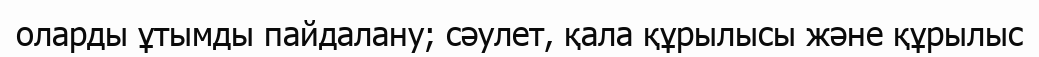
оларды ұтымды пайдалану; сәулет, қала құрылысы және құрылыс